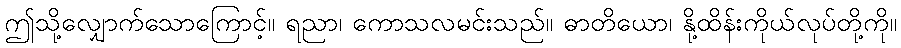
ဤသို့လျှောက်သောကြောင့်။ ရညာ၊ ကောသလမင်းသည်။ ဓာတိယော၊ နို့ထိန်းကိုယ်လုပ်တို့ကို။